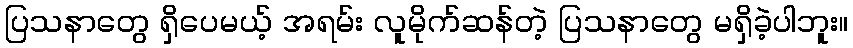
ပြသနာတွေ ရှိပေမယ့် အရမ်း လူမိုက်ဆန်တဲ့ ပြသနာတွေ မရှိခဲ့ပါဘူး။